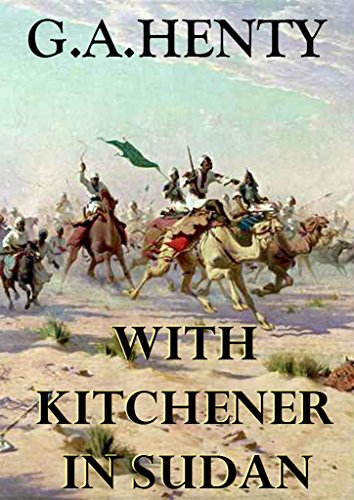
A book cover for With Kitchener in Sudan (Annotated): A Story of Atbara and Omdurman; G.A. Henty; Teen & Young Adult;